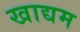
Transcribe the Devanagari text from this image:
खाद्यम